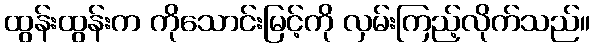
ထွန်းထွန်းက ကိုသောင်းမြင့်ကို လှမ်းကြည့်လိုက်သည်။